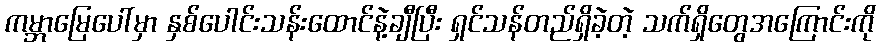
ကမ္ဘာမြေပေါ်မှာ နှစ်ပေါင်းသန်းထောင်နဲ့ချီပြီး ရှင်သန်တည်ရှိခဲ့တဲ့ သက်ရှိတွေအကြောင်းကို